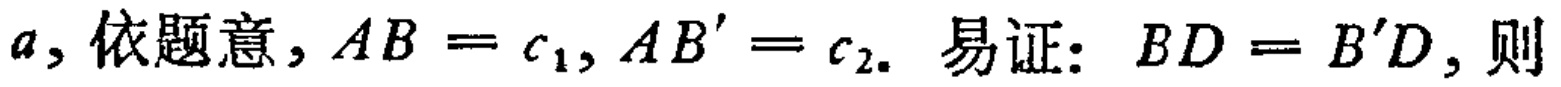
\(a\)，依题意，\(AB = c_{1},AB' = c_{2}\). 易证：\(BD = B'D\)，则